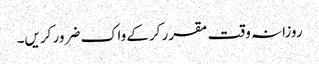
روزانہ وقت مقرر کرکے واک ضرور کریں۔